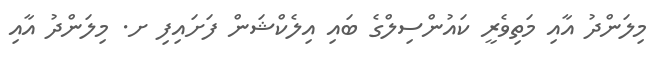
މިލަންދު އާއި މަތިވެރީ ކައުންސިލްގެ ބައި އިލެކްޝަން ފަށައިފި ށ. މިލަންދު އާއި